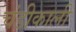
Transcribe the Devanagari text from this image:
चंडीकाली